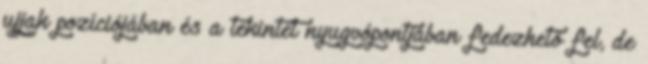
ujjak pozíciójában és a tekintet nyugvópontjában fedezhető fel, de